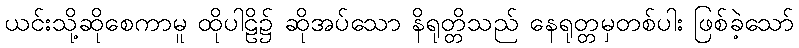
ယင်းသို့ဆိုစေကာမူ ထိုပါဠိ၌ ဆိုအပ်သော နိရုတ္တိသည် နေရုတ္တမှတစ်ပါး ဖြစ်ခဲ့သော်